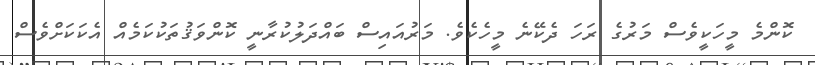
ކޮންމެ މީހަކީވެސް މަރުގެ ރަހަ ދެކޭނެ މީހެކެވެ. މަރުއައިސް ބައްދަލުކުރާނީ ކޮންވަޤުތަކުކަމެއް އެކަކަށްވެސް